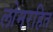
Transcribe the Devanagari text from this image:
लोमरहित